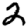
Digit: 2